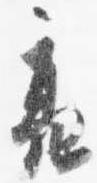
亮